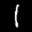
Label: 1